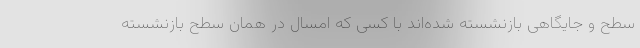
سطح و جایگاهی بازنشسته شده‌اند با کسی که امسال در همان سطح بازنشسته